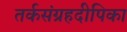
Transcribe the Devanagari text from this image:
तर्कसंग्रहदीपिका